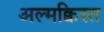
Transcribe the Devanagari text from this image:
अल्मक्विस्त